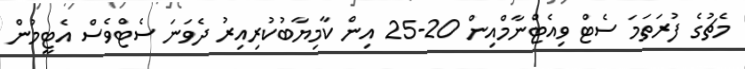
މެޗުގެ ފުރަތަމަ ސެޓް ވިއެޓްނާމްއިން 20-25 އިން ކާމިޔާބުކުރިއިރު ދެވަނަ ސެޓްވެސް އެޓީމުން